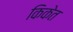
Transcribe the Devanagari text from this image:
किकेत